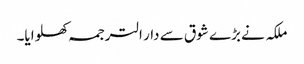
ملکہ نے بڑے شوق سے دار الترجمہ کھلوایا۔